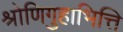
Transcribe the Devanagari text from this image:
श्रोणिगुहाभित्ति